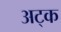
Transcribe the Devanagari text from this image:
अट्क